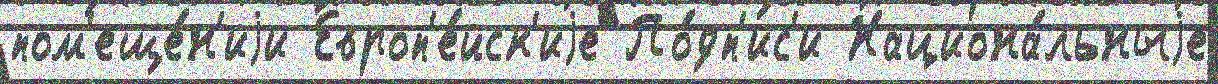
пом'еще́н'иjи Европ'е́йск'иjе По́дп'ис'и Национа́льныjе